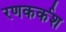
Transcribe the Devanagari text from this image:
रणकर्कश